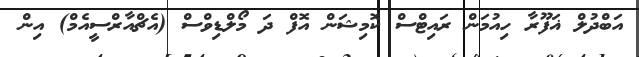
އަބްދުލް ޣަފޫރާ ހިއުމަން ރައިޓްސް ކޮމިޝަން އޮފް ދަ މޯލްޑިވްސް (އެޗްއާރްސީއެމް) އިން